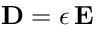
\mathbf { D } = { \epsilon } \, \mathbf { E }